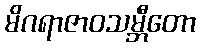
မိဂရာဇာဝသမ္ဘီတော